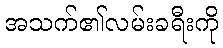
အသက်၏လမ်းခရီးကို